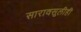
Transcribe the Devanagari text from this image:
सारावसूलीही